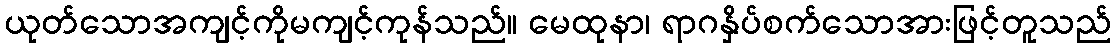
ယုတ်သောအကျင့်ကိုမကျင့်ကုန်သည်။ မေထုနာ၊ ရာဂနှိပ်စက်သောအားဖြင့်တူသည်